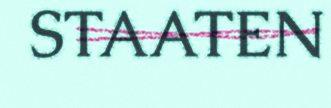
STAATEN